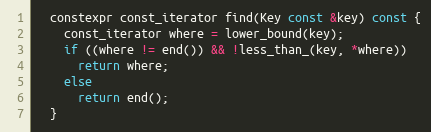
Language: C
  constexpr const_iterator find(Key const &key) const {
    const_iterator where = lower_bound(key);
    if ((where != end()) && !less_than_(key, *where))
      return where;
    else
      return end();
  }